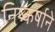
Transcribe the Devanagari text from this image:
निष्कर्षाने